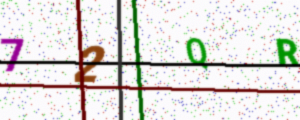
Text: 72QR